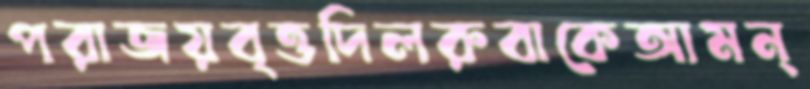
পরাজয়বৃত্তদিলরুবাকেআমন্